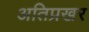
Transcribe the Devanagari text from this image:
अतिप्रखर